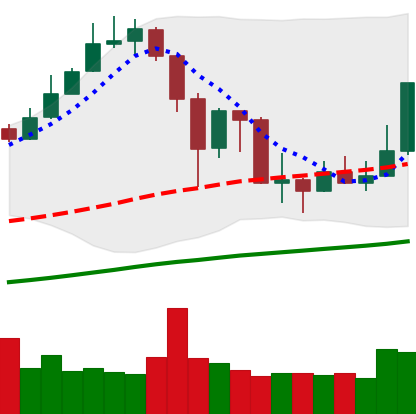
Ticker: XMR-USD
Chart end date: 2019-07-07
Forward return: -8.334%
Label: down_7plus